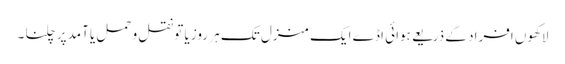
لاکھوں افراد کے ذریعے ہوائی اڈے ایک منزل تک ہر روز یا تو نقل و حمل یا آمد پر چلنا ۔